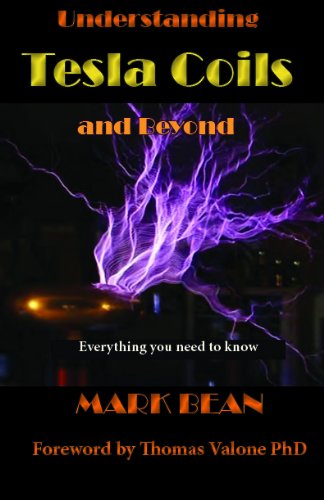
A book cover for Understanding Tesla Coils and Beyond; Mark Bean; Biographies & Memoirs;